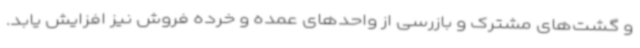
و گشت‌های مشترک و بازرسی‌ از واحدهای عمده و خرده فروش نیز افزایش یابد.